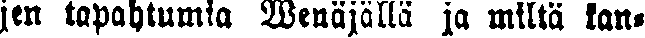
jen tapahtumia Wenäjällä ja miltä kan-